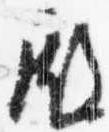
殿